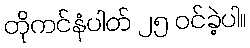
တိုကင်နံပါတ် ၂၅ ဝင်ခဲ့ပါ။